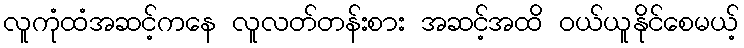
လူကုံထံအဆင့်ကနေ လူလတ်တန်းစား အဆင့်အထိ ဝယ်ယူနိုင်စေမယ့်